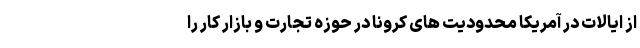
از ایالات در آمریکا محدودیت های کرونا در حوزه تجارت و بازار کار را